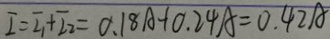
I = I _ { 1 } + I _ { 2 } = 0 . 1 8 A + 0 . 2 4 A = 0 . 4 2 A